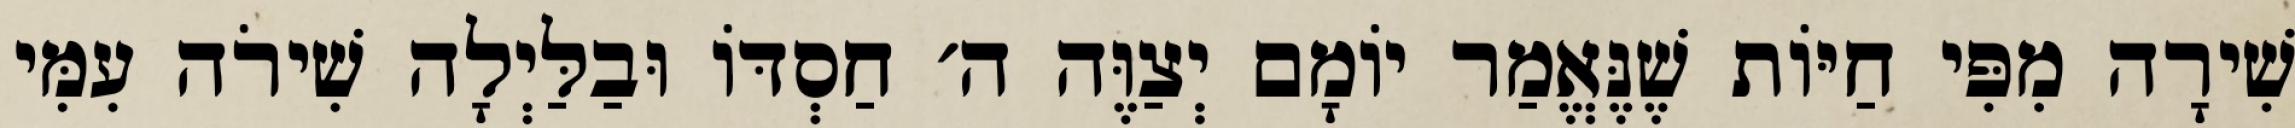
שִׁירָה מִפִּי חַיּוֹת שֶׁנֶּאֱמַר יוֹמָם יְצַוֶּה ה׳ חַסְדּוֹ וּבַלַּיְלָה שִׁירֹה עִמִּי